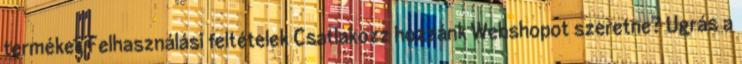
termékek Felhasználási feltételek Csatlakozz hozzánk Webshopot szeretne? Ugrás a